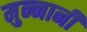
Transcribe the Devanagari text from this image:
मुन्नानी